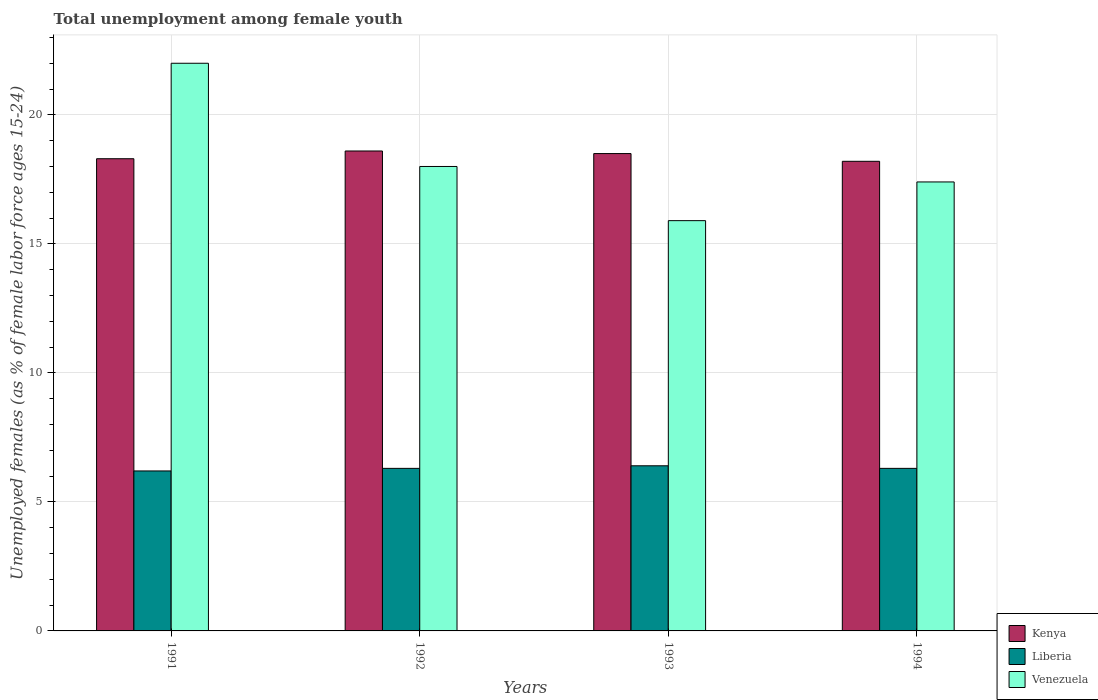
| Years | Kenya | Liberia | Venezuela |
 | --- | --- | --- | --- |
 | 1991 | 18.3 | 6.2 | 22 |
 | 1992 | 18.6 | 6.3 | 18 |
 | 1993 | 18.5 | 6.4 | 15.9 |
 | 1994 | 18.2 | 6.3 | 17.4 |